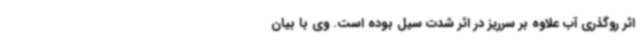
اثر روگذری آب علاوه بر سرریز در اثر شدت سیل بوده است. وی با بیان